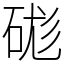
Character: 硥